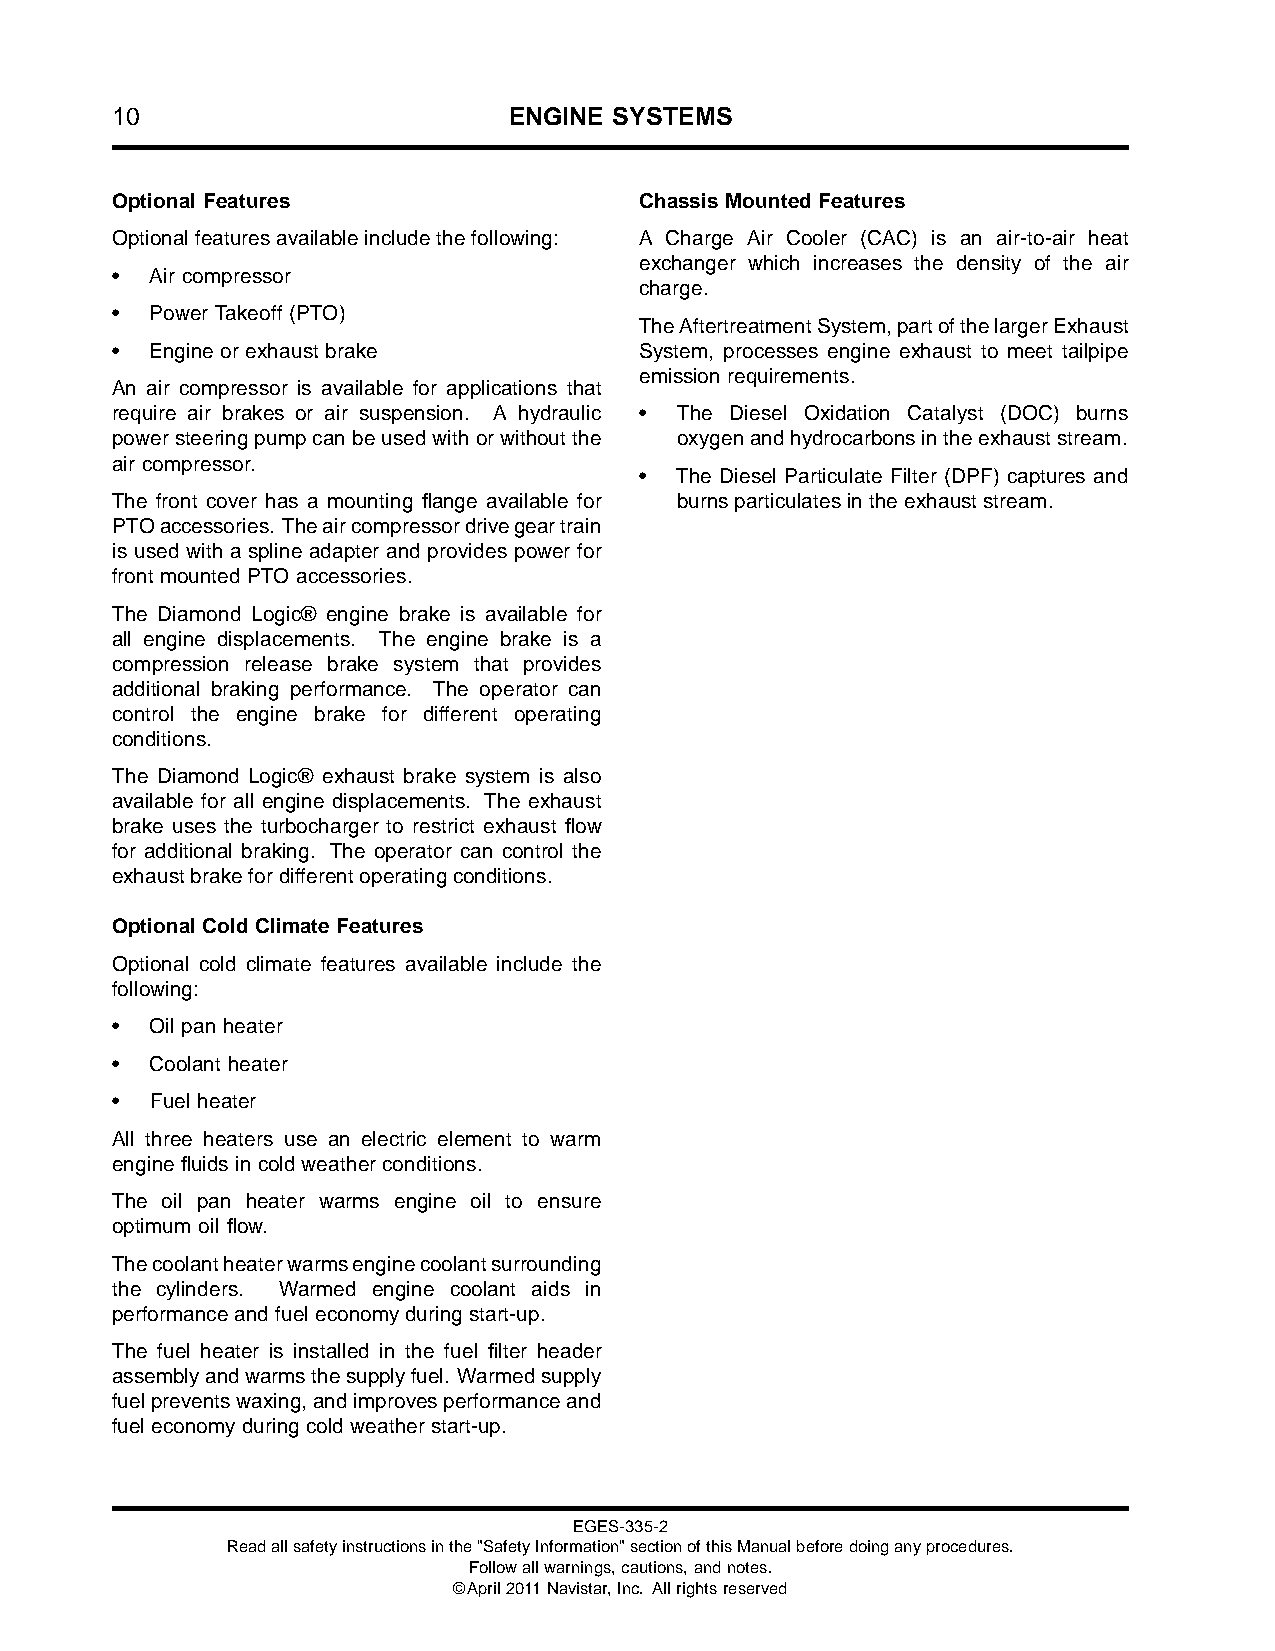
10                         ENGINE SYSTEMS
 Optional Features                  Chassis Mounted Features
 Optionalfeaturesavailableincludethefollowing: A Charge Air Cooler (CAC) is an air-to-air heat
 exchanger which increases the density of the air
 •  Air compressor
 charge.
 •  Power Takeoff (PTO)
 TheAftertreatmentSystem,partofthelargerExhaust
 •  Engine or exhaust brake         System, processes engine exhaust to meet tailpipe
 emission requirements.
 An air compressor is available for applications that
 require air brakes or air suspension. A hydraulic • The Diesel Oxidation Catalyst (DOC) burns
 powersteeringpumpcanbeusedwithorwithoutthe oxygenandhydrocarbonsintheexhauststream.
 air compressor.
 •  The Diesel Particulate Filter (DPF) captures and
 The front cover has a mounting flange available for burnsparticulatesintheexhauststream.
 PTOaccessories. Theaircompressordrivegeartrain
 is used with a spline adapter and provides power for
 front mounted PTO accessories.
 The Diamond Logic® engine brake is available for
 all engine displacements. The engine brake is a
 compression release brake system that provides
 additional braking performance. The operator can
 control the engine brake for different operating
 conditions.
 The Diamond Logic® exhaust brake system is also
 available for all engine displacements. The exhaust
 brake uses the turbocharger to restrict exhaust flow
 for additional braking. The operator can control the
 exhaustbrakefordifferentoperatingconditions.
 Optional Cold Climate Features
 Optional cold climate features available include the
 following:
 •  Oil pan heater
 •  Coolant heater
 •  Fuel heater
 All three heaters use an electric element to warm
 engine fluidsin cold weather conditions.
 The oil pan heater warms engine oil to ensure
 optimum oil flow.
 Thecoolantheaterwarmsenginecoolantsurrounding
 the cylinders. Warmed engine coolant aids in
 performanceandfueleconomyduringstart-up.
 The fuel heater is installed in the fuel filter header
 assemblyandwarmsthesupplyfuel. Warmedsupply
 fuelpreventswaxing,andimprovesperformanceand
 fueleconomyduring coldweatherstart-up.
 EGES-335-2
 Readallsafetyinstructionsinthe"SafetyInformation"sectionofthisManualbeforedoinganyprocedures.
 Followallwarnings,cautions,andnotes.
 ©April2011Navistar,Inc. Allrightsreserved